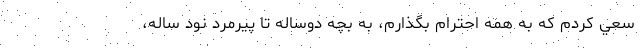
سعي كردم كه به همه احترام بگذارم، به بچه‌ دوساله تا پيرمرد نود ساله،